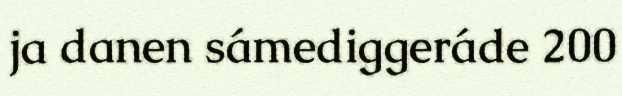
ja danen sámediggeráde 200